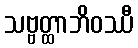
သဗ္ဗတ္ထာဘိဝဿီ